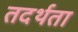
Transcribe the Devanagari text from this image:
तदर्थता